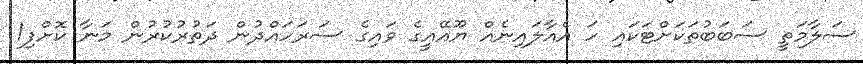
ސަލާމަތީ ސަބަބުތަކަށްޓަކައި ހަ އެއާލައިނެއް ޔޫއޭއީގެ ވައިގެ ސަރަހައްދުން ދަތުރުކުރުން މަނާ ކޮށްފި1